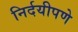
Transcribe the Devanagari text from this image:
निर्दयीपणे